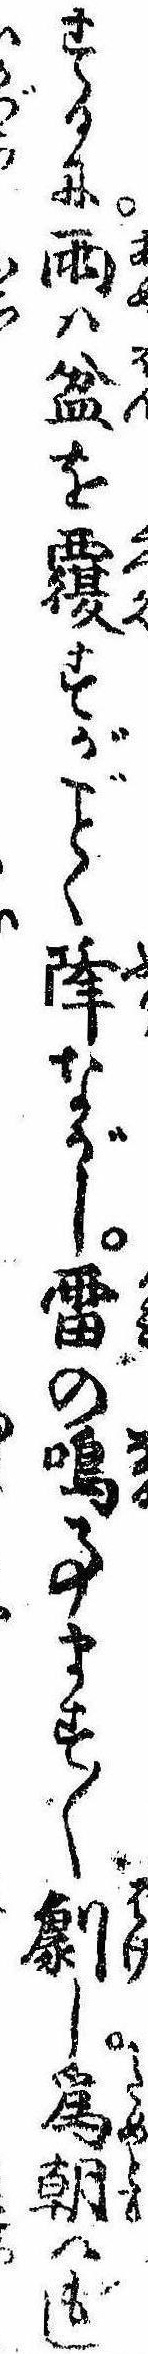
するに雨は盆を覆すがく降ながし雷の鳴事ます〱劇し為朝はもし